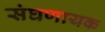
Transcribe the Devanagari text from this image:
संघणायक